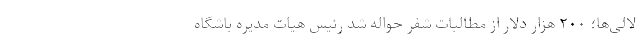
لالی‌ها؛ ۲۰۰ هزار دلار از مطالبات شفر حواله شد رئیس هیات مدیره باشگاه